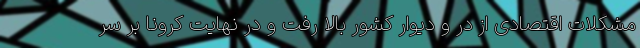
مشکلات اقتصادی از در و دیوار کشور بالا رفت و در نهایت کرونا بر سر